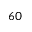
6 0